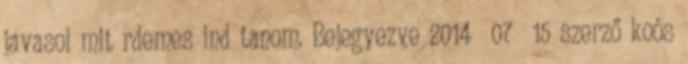
javasol mit rdemes ind tanom. Bejegyezve 2014 07 15 szerző koós